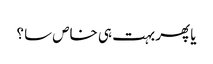
یا پھر بہت ہی خاص سا ؟